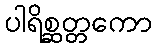
ပါရိစ္ဆတ္တကော